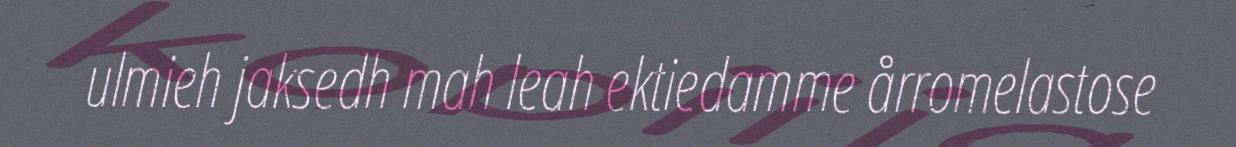
ulmieh jaksedh mah leah ektiedamme årromelastose